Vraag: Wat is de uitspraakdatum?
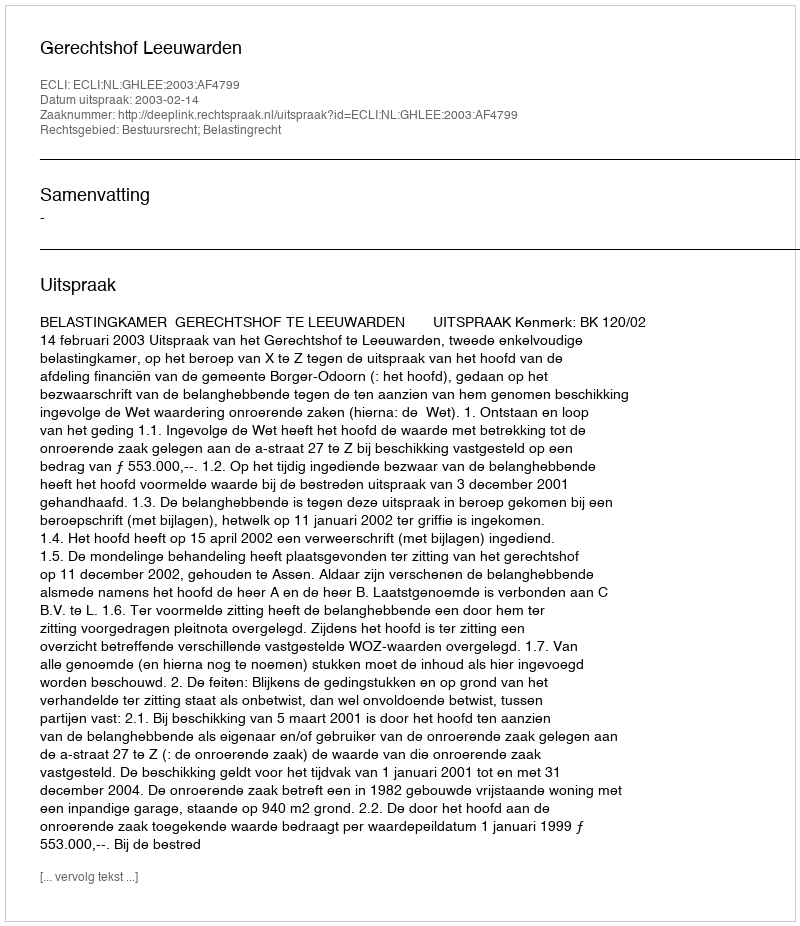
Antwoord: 2003-02-14